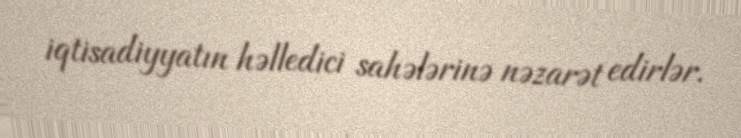
iqtisadiyyatın həlledici sahələrinə nəzarət edirlər.